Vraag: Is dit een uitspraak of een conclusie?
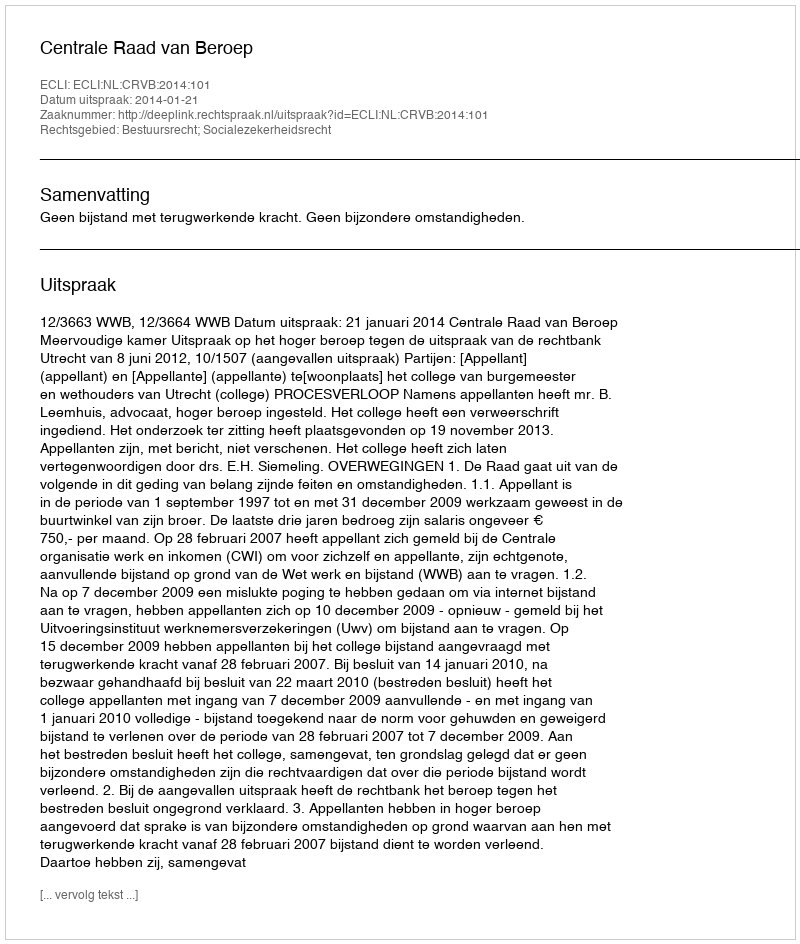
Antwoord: Uitspraak